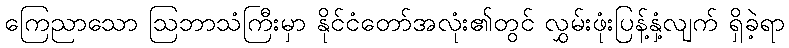
ကြေညာသော ဩဘာသံကြီးမှာ နိုင်ငံတော်အလုံး၏တွင် လွှမ်းဖုံးပြန့်နှံ့လျက် ရှိခဲ့ရာ